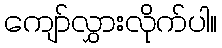
ကျော်လွှားလိုက်ပါ။